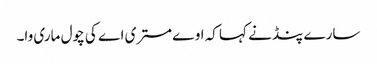
سارے پنڈ نے کہا کہ اوے مستری اے کی چول ماری وا۔